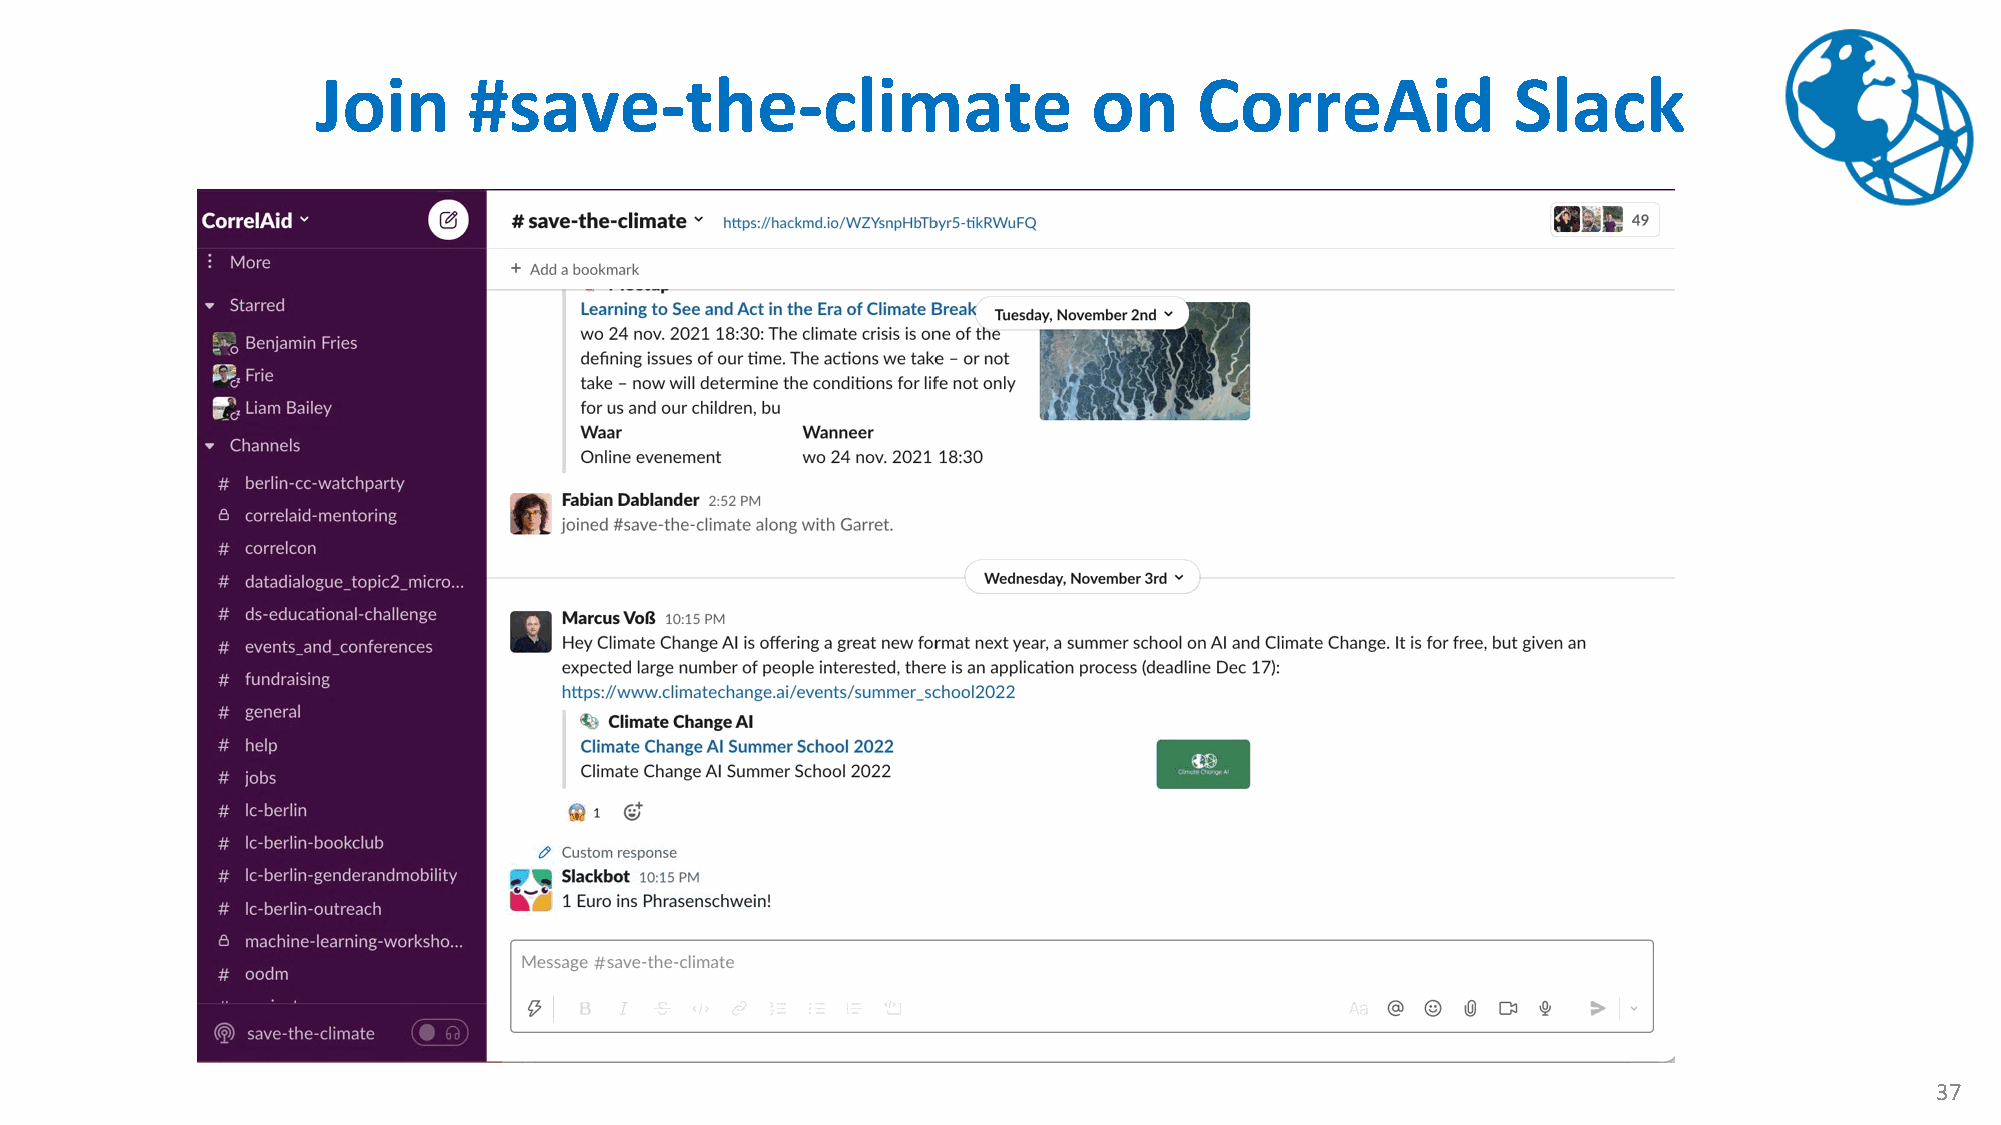
Join      #save-the-climate                        on     CorreAid             Slack
 37